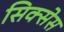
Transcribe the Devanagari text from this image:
सिक्सेस